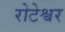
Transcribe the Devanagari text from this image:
रोटेश्वर